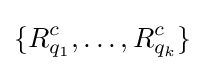
\{R_{q_{1}}^{c},\ldots ,R_{q_{k}}^{c}\}